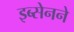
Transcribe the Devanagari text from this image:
इब्सेनने